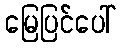
မြေပြင်ပေါ်